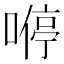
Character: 𠼵